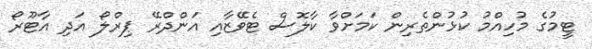
ޓީމުގެ މުހިއްމު ކުޅުންތެރިން ކަމަށްވާ ކާލޮސް ޓެވޭޒާއި އަންދްރޭ ޕިރްލޯ އަދި އާޓޫރޯ